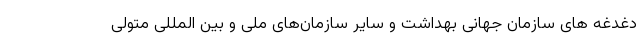
دغدغه های سازمان جهانی بهداشت و سایر سازمان‌های ملی و بین المللی متولی